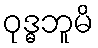
ဝုဒ္ဓဘူမိ